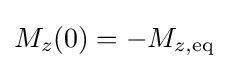
M_{z}(0)=-M_{z,\mathrm {eq} }